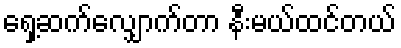
ရှေ့ဆက်လျှောက်တာ နီးမယ်ထင်တယ်